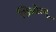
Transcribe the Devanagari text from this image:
शिओत्जू